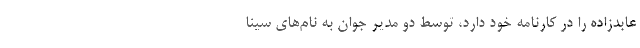
عابدزاده را در کارنامه خود دارد، توسط دو مدیر جوان به نام‌های سینا